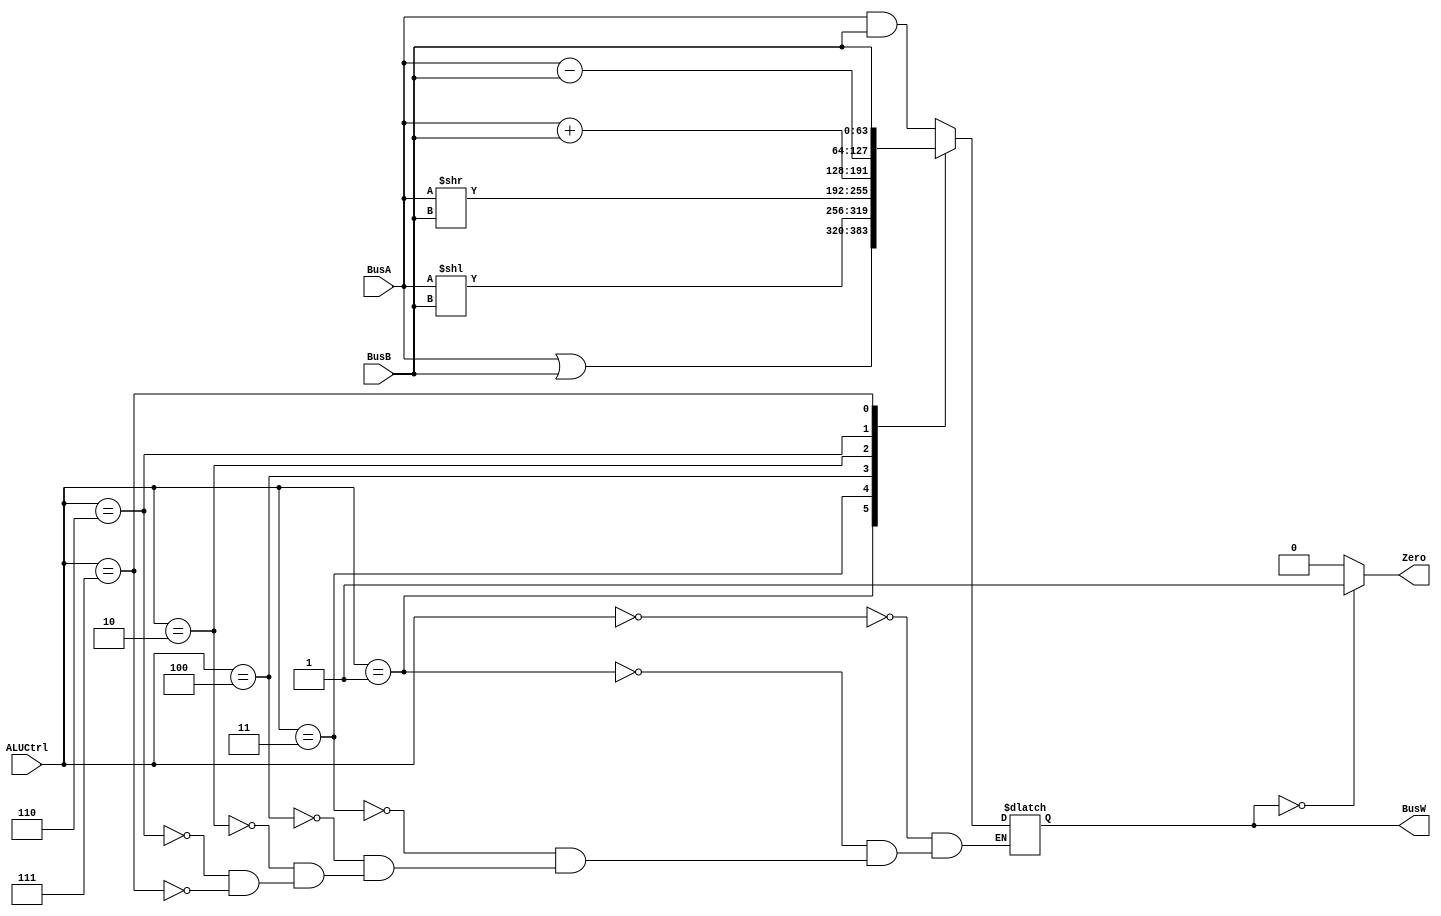
`timescale 1ns / 1ps

`define AND 4'b0000
`define OR 4'b0001
`define LSL 4'b0011
`define LSR 4'b0100
`define ADD 4'b0010
`define SUB 4'b0110
`define PassB 4'b0111

module ALU(BusW, BusA, BusB, ALUCtrl, Zero);
    
    parameter n = 64;

    input   [n - 1:0] BusA, BusB;
    input   [3:0] ALUCtrl;

    output  [n - 1:0] BusW;
    output  Zero;
    
    reg     [n - 1:0] BusW;
    reg temp;
    assign #1 Zero = temp;
    
    always @(ALUCtrl or BusA or BusB) begin
        case(ALUCtrl)
            `AND: begin
                BusW <= #20 BusA & BusB;
            end
            `OR: begin
                BusW <= #20 BusA | BusB;
            end
            `LSL: begin
                BusW <= #20 BusA << BusB;
            end
            `LSR: begin
                BusW <= #20 BusA >> BusB;
            end
            `ADD: begin
                BusW <= #20 BusA + BusB;
            end
            `SUB: begin
                BusW <= #20 BusA - BusB;
            end
            `PassB: begin
                BusW <= #20 BusB;
            end
        endcase
    end

    // assign #1 Zero = 0;
    always @(BusW) begin 
        
        if(BusW == 0) begin
            temp <= 1;
        end
        else begin
            temp <= 0;
        end
    end
    
endmodule